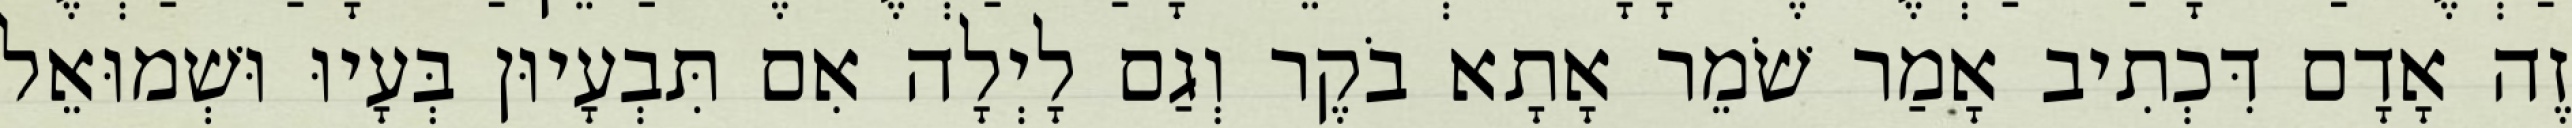
זֶה אָדָם דִּכְתִיב אָמַר שֹׁמֵר אָתָא בֹקֶר וְגַם לָיְלָה אִם תִּבְעָיוּן בְּעָיוּ וּשְׁמוּאֵל